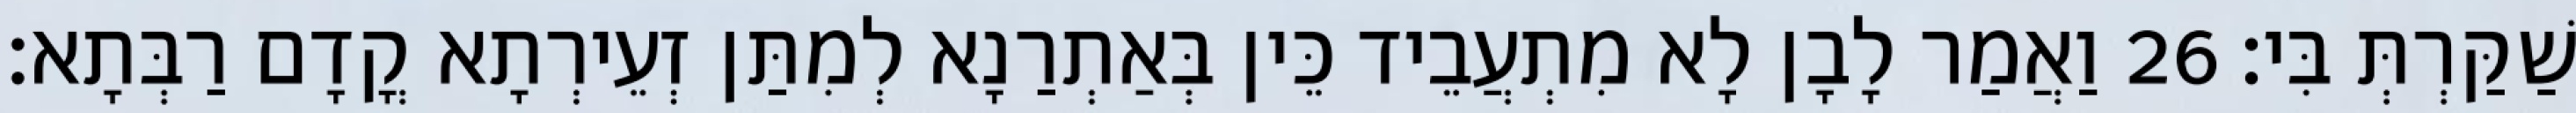
שַׁקַּרְתְּ בִּי׃ 26 וַאֲמַר לָבָן לָא מִתְעֲבֵיד כֵּין בְּאַתְרַנָא לְמִתַּן זְעֵירְתָא קֳדָם רַבְּתָא׃